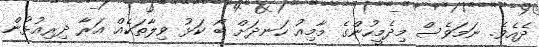
ދެއެވެ. ނަމަވެސް މިދެމީހުންގެ މާމިއު ހަނދަށް ބޯ ކަޅު ވިލާތަކެއް އަރާ ދިރިއުޅުން